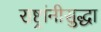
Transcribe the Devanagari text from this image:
राष्ट्रांनीसुद्धा